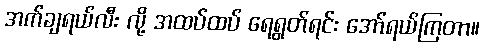
အက်ချရယ်လီး လို့ အထပ်ထပ် ရေရွတ်ရင်း အော်ရယ်ကြတာ။